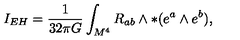
I _ { E H } = \frac { 1 } { 3 2 \pi G } \int _ { M ^ { 4 } } R _ { a b } \wedge \ast ( e ^ { a } \wedge e ^ { b } ) ,